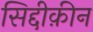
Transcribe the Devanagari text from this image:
सिद्दीक़ीन